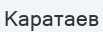
Каратаев